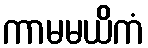
ကာမမယိကံ